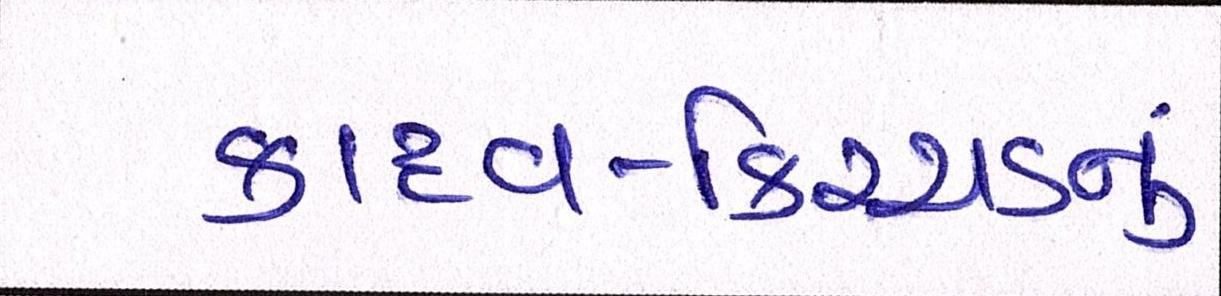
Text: કાદવ-કિચ્ચડનું